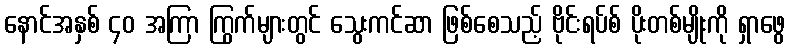
နောင်အနှစ် ၄၀ အကြာ ကြွက်များတွင် သွေးကင်ဆာ ဖြစ်စေသည့် ဗိုင်းရပ်စ် ပိုးတစ်မျိုးကို ရှာဖွေ